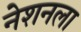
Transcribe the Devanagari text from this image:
नेशनला